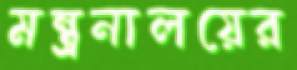
মন্ত্রনালয়ের